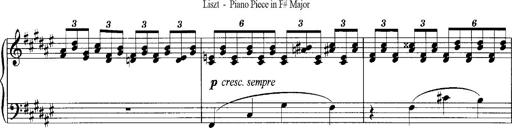
Title: klavierstÃ¼ck
Composer: Matias Ekert